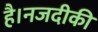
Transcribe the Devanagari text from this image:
है।नजदीकी